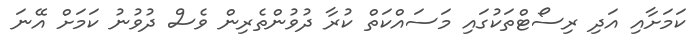
ކަމަށާއި އަދި ރިސޯޓްތަކުގައި މަސައްކަތް ކުރާ ދުވުންތެރިން ވެސް ދުވުނު ކަމަށް އޭނަ